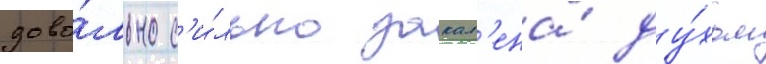
дово́льно с'и́льно закал'ена́ ду́хом